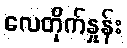
လေတိုက်နှုန်း